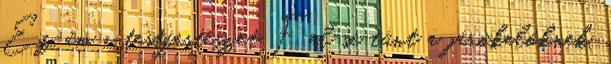
Ez ám a testfestészet Fel se tűnt a járókelőknek,